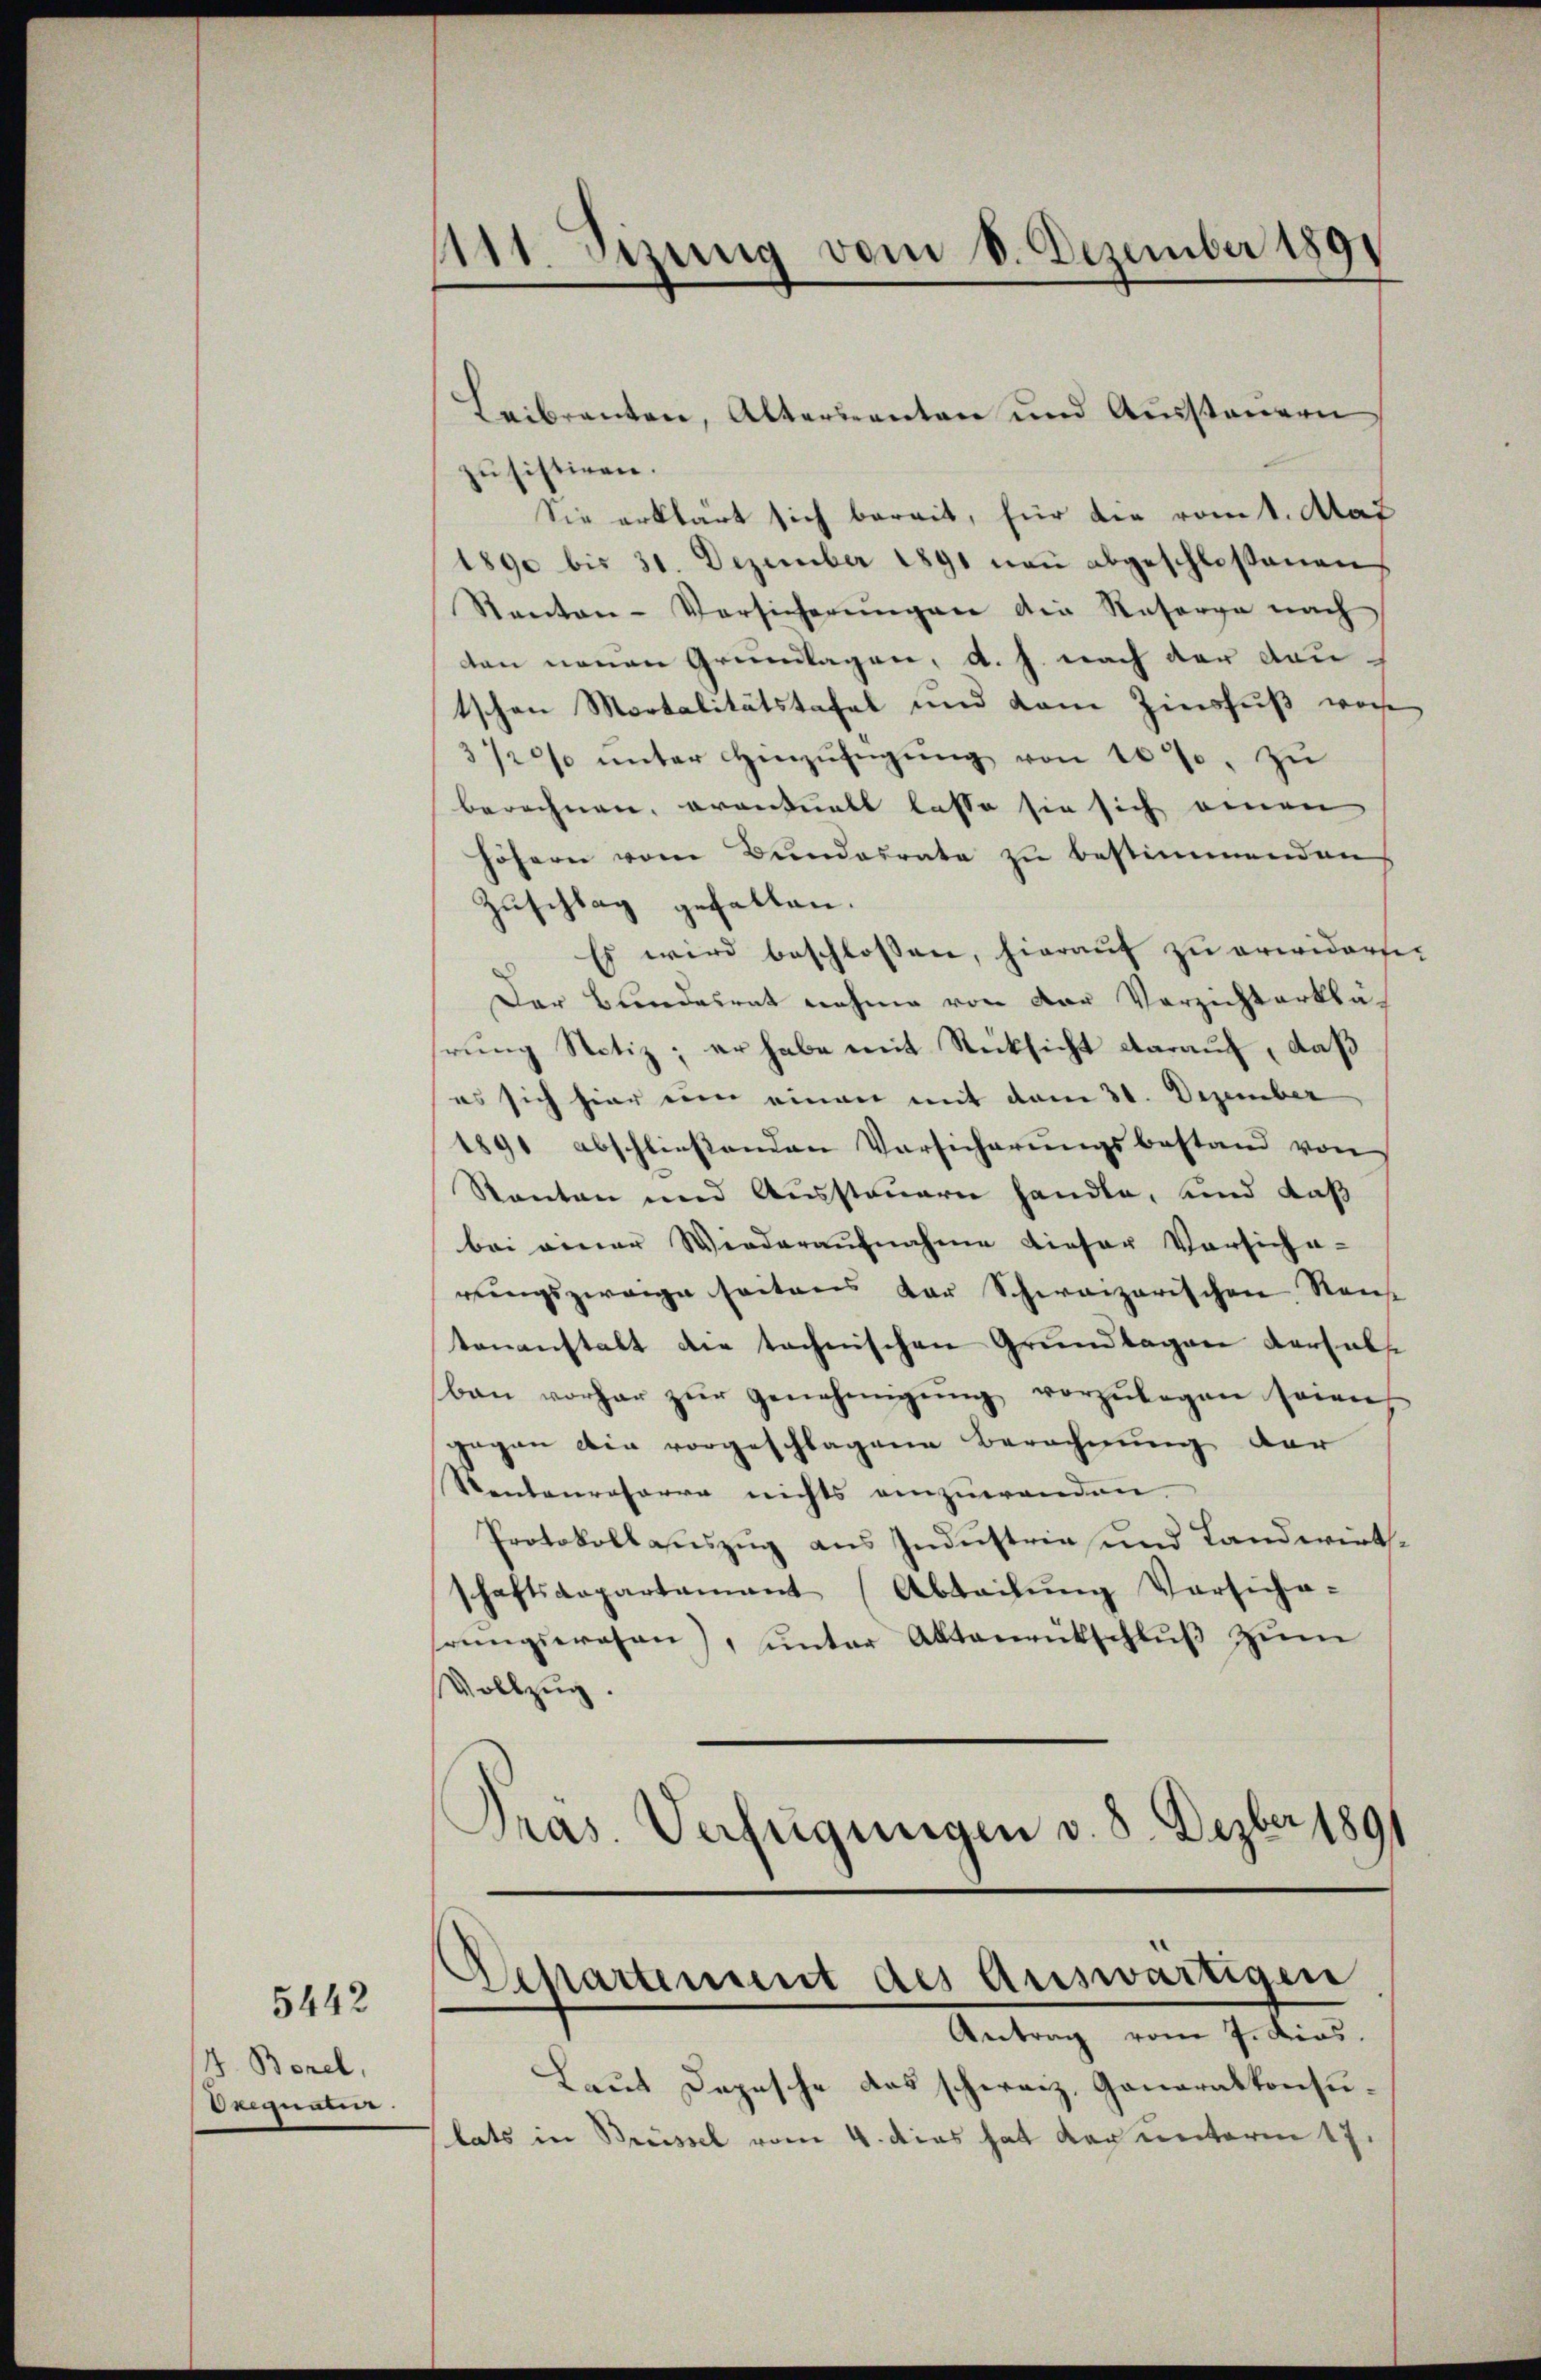
4. Borel,
deisma

5442

Leibranten, Alternanten und Aŭssteŭern
zu sistiren.
Sie erklärt sich bereit, für die romt. Aar
1890 bis 31. Dezember 1891 non abgeschlossenen,
Kanton-Versicherŭngen die Resorge nach
den neuen Grundlagen, d. J. nach der dau
tschen Mortalitätstafel und kam Zinsfuß wir
3/20% unter Hinzufügung von 100. zu
berechnen, eventuell lasse sie sich einen
höhern vom Bŭndesrate zŭ bestimmenden
Zuschlag gefallen.
 Es wird beschlossen, hierauf zu erwidersic
Der Bundesrat nahme von der Verzichterklährung Notiz; er habe mit Rücksicht darauf, daß
es sich hier um einen mit dem 31. Dezember
1891 abschließenden Vorsicherŭngsbestand von
Ranton und Aussteuern handle, und daß
bei einer Wiederaŭfnahme dieser Versich a
rŭngszweige seitens der Schweizerischen Raus
tenanstalt die technischen Grundlagen versals
ban vorher zŭr Genehmigŭng vorzŭlegen seien
gegen die vorgeschlagene Berechnung der
Sentenroserre nichts einzuwenden
Protokollauszug aus Industrie und Landwirthschaftsaepartamant (Abteilŭng Versicha-
rŭngswesen), ŭnter Aktenrütschlŭβ zŭm
Vollzug.
Pras. Verfügungen v. 8. Dezber 1891

1111. Sizung vom 8. Dezember 1891

Departement des Auswärtigen

Antrag vom 7. dies
Laut Depesche das schweiz. Generalkonsulats in Brüssel vom 4. dies hat der unterm 17.